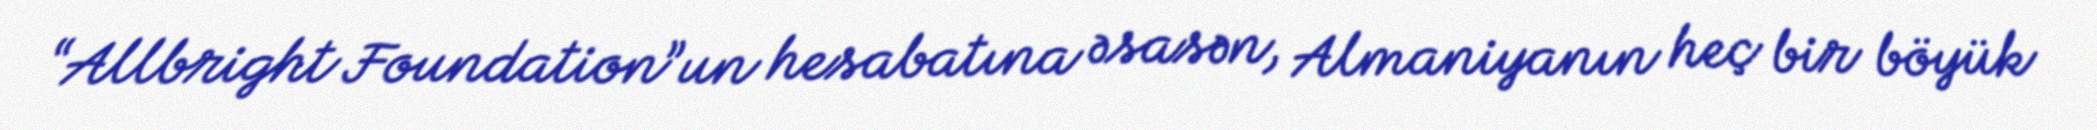
“Allbright Foundation”un hesabatına əsasən, Almaniyanın heç bir böyük